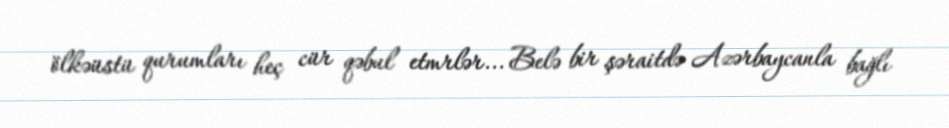
ölkəüstü qurumları heç cür qəbul etmrlər... Belə bir şəraitdə Azərbaycanla bağlı